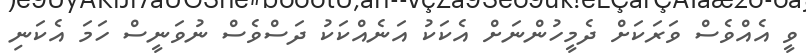
ވީ އެއްވެސް ވަރަކަށް ދެމީހުންނަށް އެކަކު އަނެއްކަކު ދަސްވެސް ނުވަނީސް ހަމަ އެކަނި